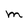
Character: M